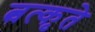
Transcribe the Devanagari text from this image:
त्वत्कृते